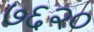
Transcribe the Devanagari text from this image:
७६२०